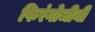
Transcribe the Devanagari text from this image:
फिरंगोजीनी